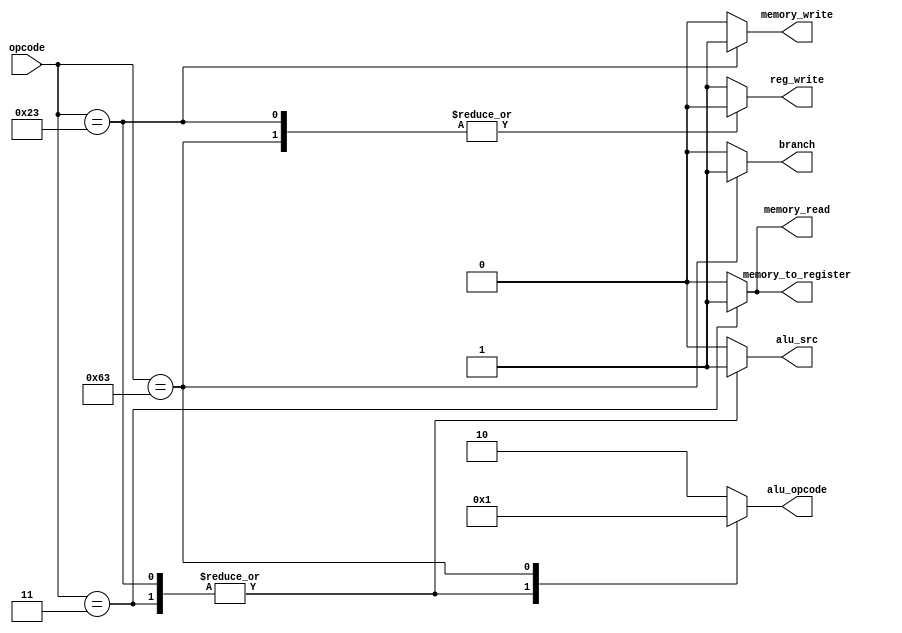

module ControlUnit (
    input [6:0] opcode,
    output reg branch, memory_read, memory_to_register, memory_write, alu_src, reg_write,
    output reg [1:0] alu_opcode
);

    always @(*) begin
        case (opcode)
            7'b0110011: begin // R-type -> Arithmetic and logic operations
                alu_src <= 0;
                memory_to_register <= 0;
                reg_write <= 1;
                memory_read <= 0;
                memory_write <= 0;
                branch <= 0;
                alu_opcode <= 2'b10;
            end
            7'b0000011: begin // I-type -> Load instructions
                alu_src <= 1;
                memory_to_register <= 1;
                reg_write <= 1;
                memory_read <= 1;
                memory_write <= 0;
                branch <= 0;
                alu_opcode <= 2'b00;
            end
            7'b0100011: begin // S-type -> Store instructions
                alu_src <= 1;
                memory_to_register <= 0;
                reg_write <= 0;
                memory_read <= 0;
                memory_write <= 1;
                branch <= 0;
                alu_opcode <= 2'b00;
            end
            7'b1100011: begin // SB-type -> Branch instructions
                alu_src <= 0;
                memory_to_register <= 0;
                reg_write <= 0;
                memory_read <= 0;
                memory_write <= 0;
                branch <= 1;
                alu_opcode <= 2'b01;
            end
            default: begin // R-type -> Arithmetic and logic operations
                alu_src <= 0;
                memory_to_register <= 0;
                reg_write <= 1;
                memory_read <= 0;
                memory_write <= 0;
                branch <= 0;
                alu_opcode <= 2'b10;
            end
        endcase
    end

endmodule